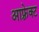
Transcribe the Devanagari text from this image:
आफ़्रेक्ट